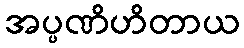
အပ္ပဏိဟိတာယ